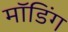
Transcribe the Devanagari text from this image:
मॉडिंग